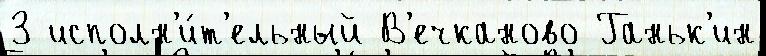
3 исполн'и́т'ельный В'ечканово Ганьк'ин